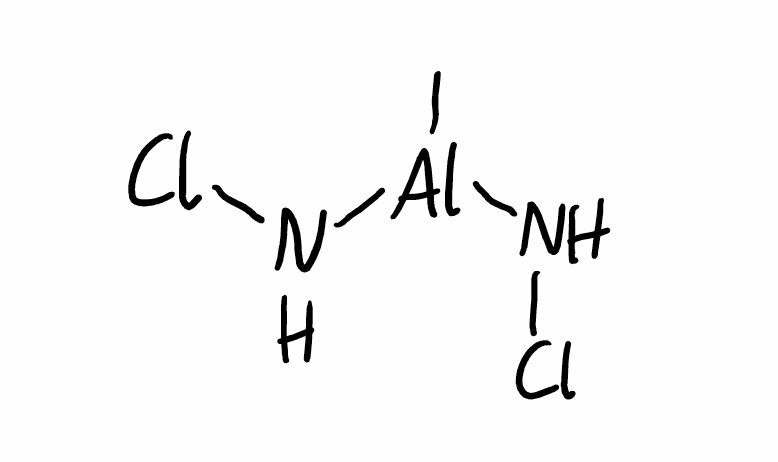
Simplified molecular-input line-entry system (SMILES) notation of the given molecule:
C[Al](NCl)NCl